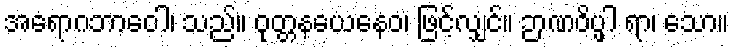
အရောဂဘာဝေါ၊ သည်။ ဝုတ္တနယေနေဝ၊ ဖြင့်လျှင်။ ဉာဏဝိပ္ဖါ ရာ၊ သော။